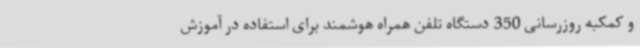
و کمکبه روزرسانی 350 دستگاه تلفن همراه هوشمند برای استفاده در آموزش